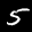
Digit: 5